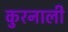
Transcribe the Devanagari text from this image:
कुरनाली